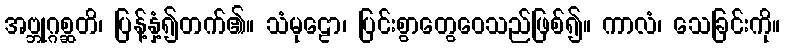
အဗ္ဘုဂ္ဂစ္ဆတိ၊ ပြန့်နှံ့၍တက်၏။ သံမုဠော၊ ပြင်းစွာတွေဝေသည်ဖြစ်၍။ ကာလံ၊ သေခြင်းကို။